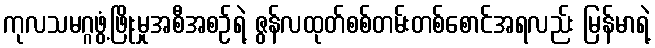
ကုလသမဂ္ဂဖွံ့ဖြိုးမှုအစီအစဉ်ရဲ့ ဇွန်လထုတ်စစ်တမ်းတစ်စောင်အရလည်း မြန်မာရဲ့